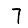
Digit: 7